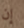
إن